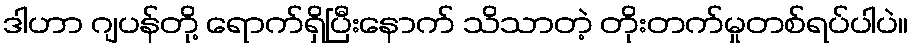
ဒါဟာ ဂျပန်တို့ ရောက်ရှိပြီးနောက် သိသာတဲ့ တိုးတက်မှုတစ်ရပ်ပါပဲ။